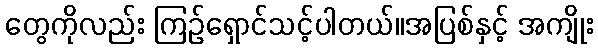
တွေကိုလည်း ကြဉ်ရှောင်သင့်ပါတယ်။အပြစ်နှင့် အကျိုး